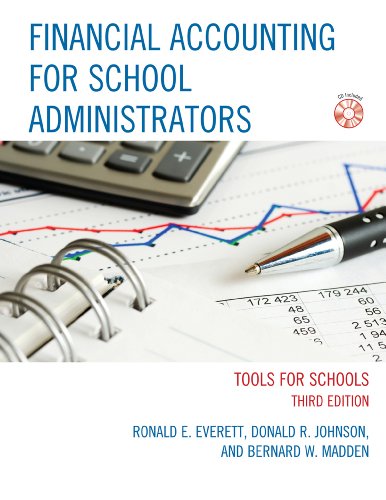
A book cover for Financial Accounting for School Administrators: Tools for School; Ronald E. Everett; Education & Teaching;